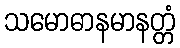
သမောဓာနမာနတ္တံ